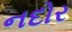
નદોર